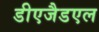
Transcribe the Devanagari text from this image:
डीएजैडएल